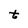
Character: t